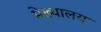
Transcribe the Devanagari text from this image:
मेख्यालय